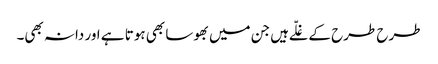
طرح طرح کے غلّے ہیں جن میں بھوسا بھی ہوتا ہے اور دانہ بھی۔